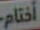
أختام